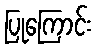
ပြုကြောင်း